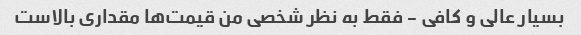
بسیار عالی و کافی - فقط به نظر شخصی من قیمت‌ها مقداری بالاست